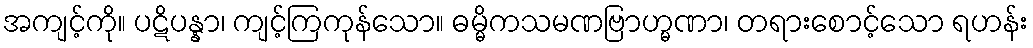
အကျင့်ကို။ ပဋိပန္နာ၊ ကျင့်ကြကုန်သော။ ဓမ္မိကသမဏဗြာဟ္မဏာ၊ တရားစောင့်သော ရဟန်း